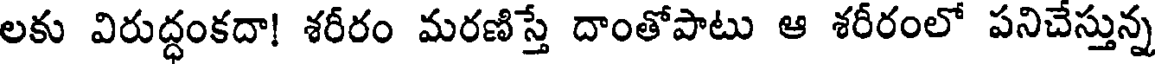
లకు విరుద్ధంకదా! శరీరం మరణిస్తే దాంతోపాటు ఆ శరీరంలో పనిచేస్తున్న